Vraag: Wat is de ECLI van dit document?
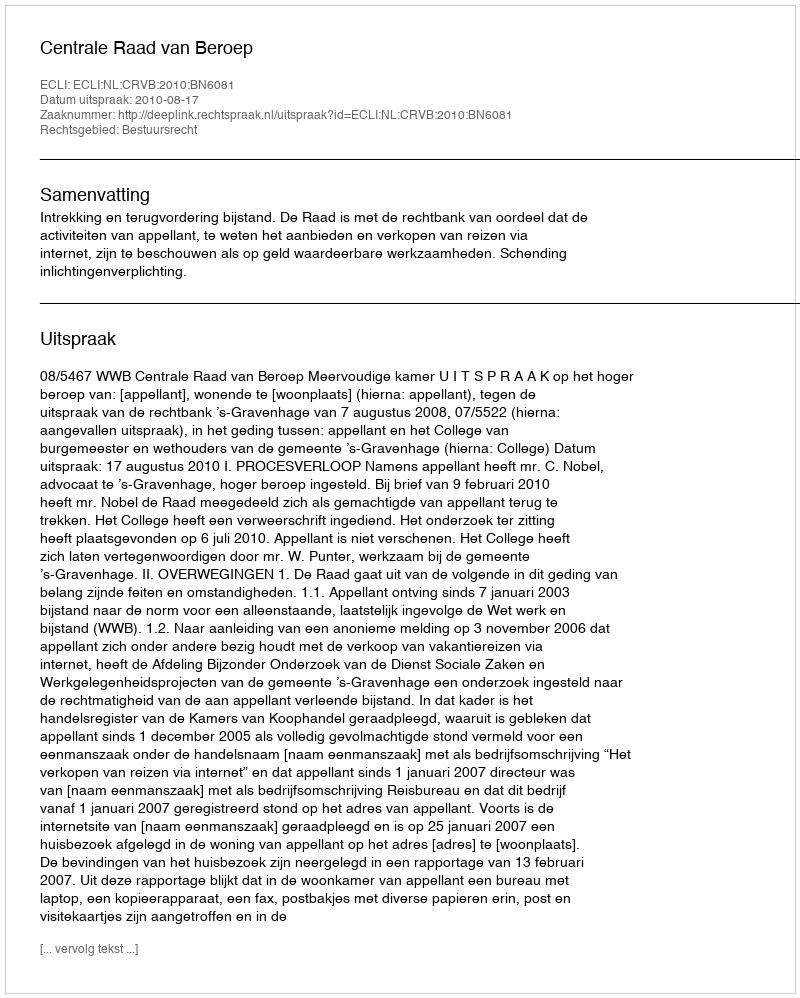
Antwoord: ECLI:NL:CRVB:2010:BN6081